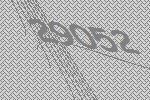
29052